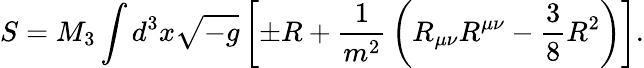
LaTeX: S=M_{3}\int d^{3}x{\sqrt{-g}}\left[\pm R+{\frac{1}{m^{2}}}\left(R_{\mu\nu}R^{\mu\nu}-{\frac{3}{8}}R^{2}\right)\right].